Bréfritari: Sigríður Pálsdóttir
Viðtakandi: Páll Pálsson
Dagsetning: A-1868-09-25
Skrifað á: Breiðabólsstað  Rang.
Páll var bróðir Sigríðar

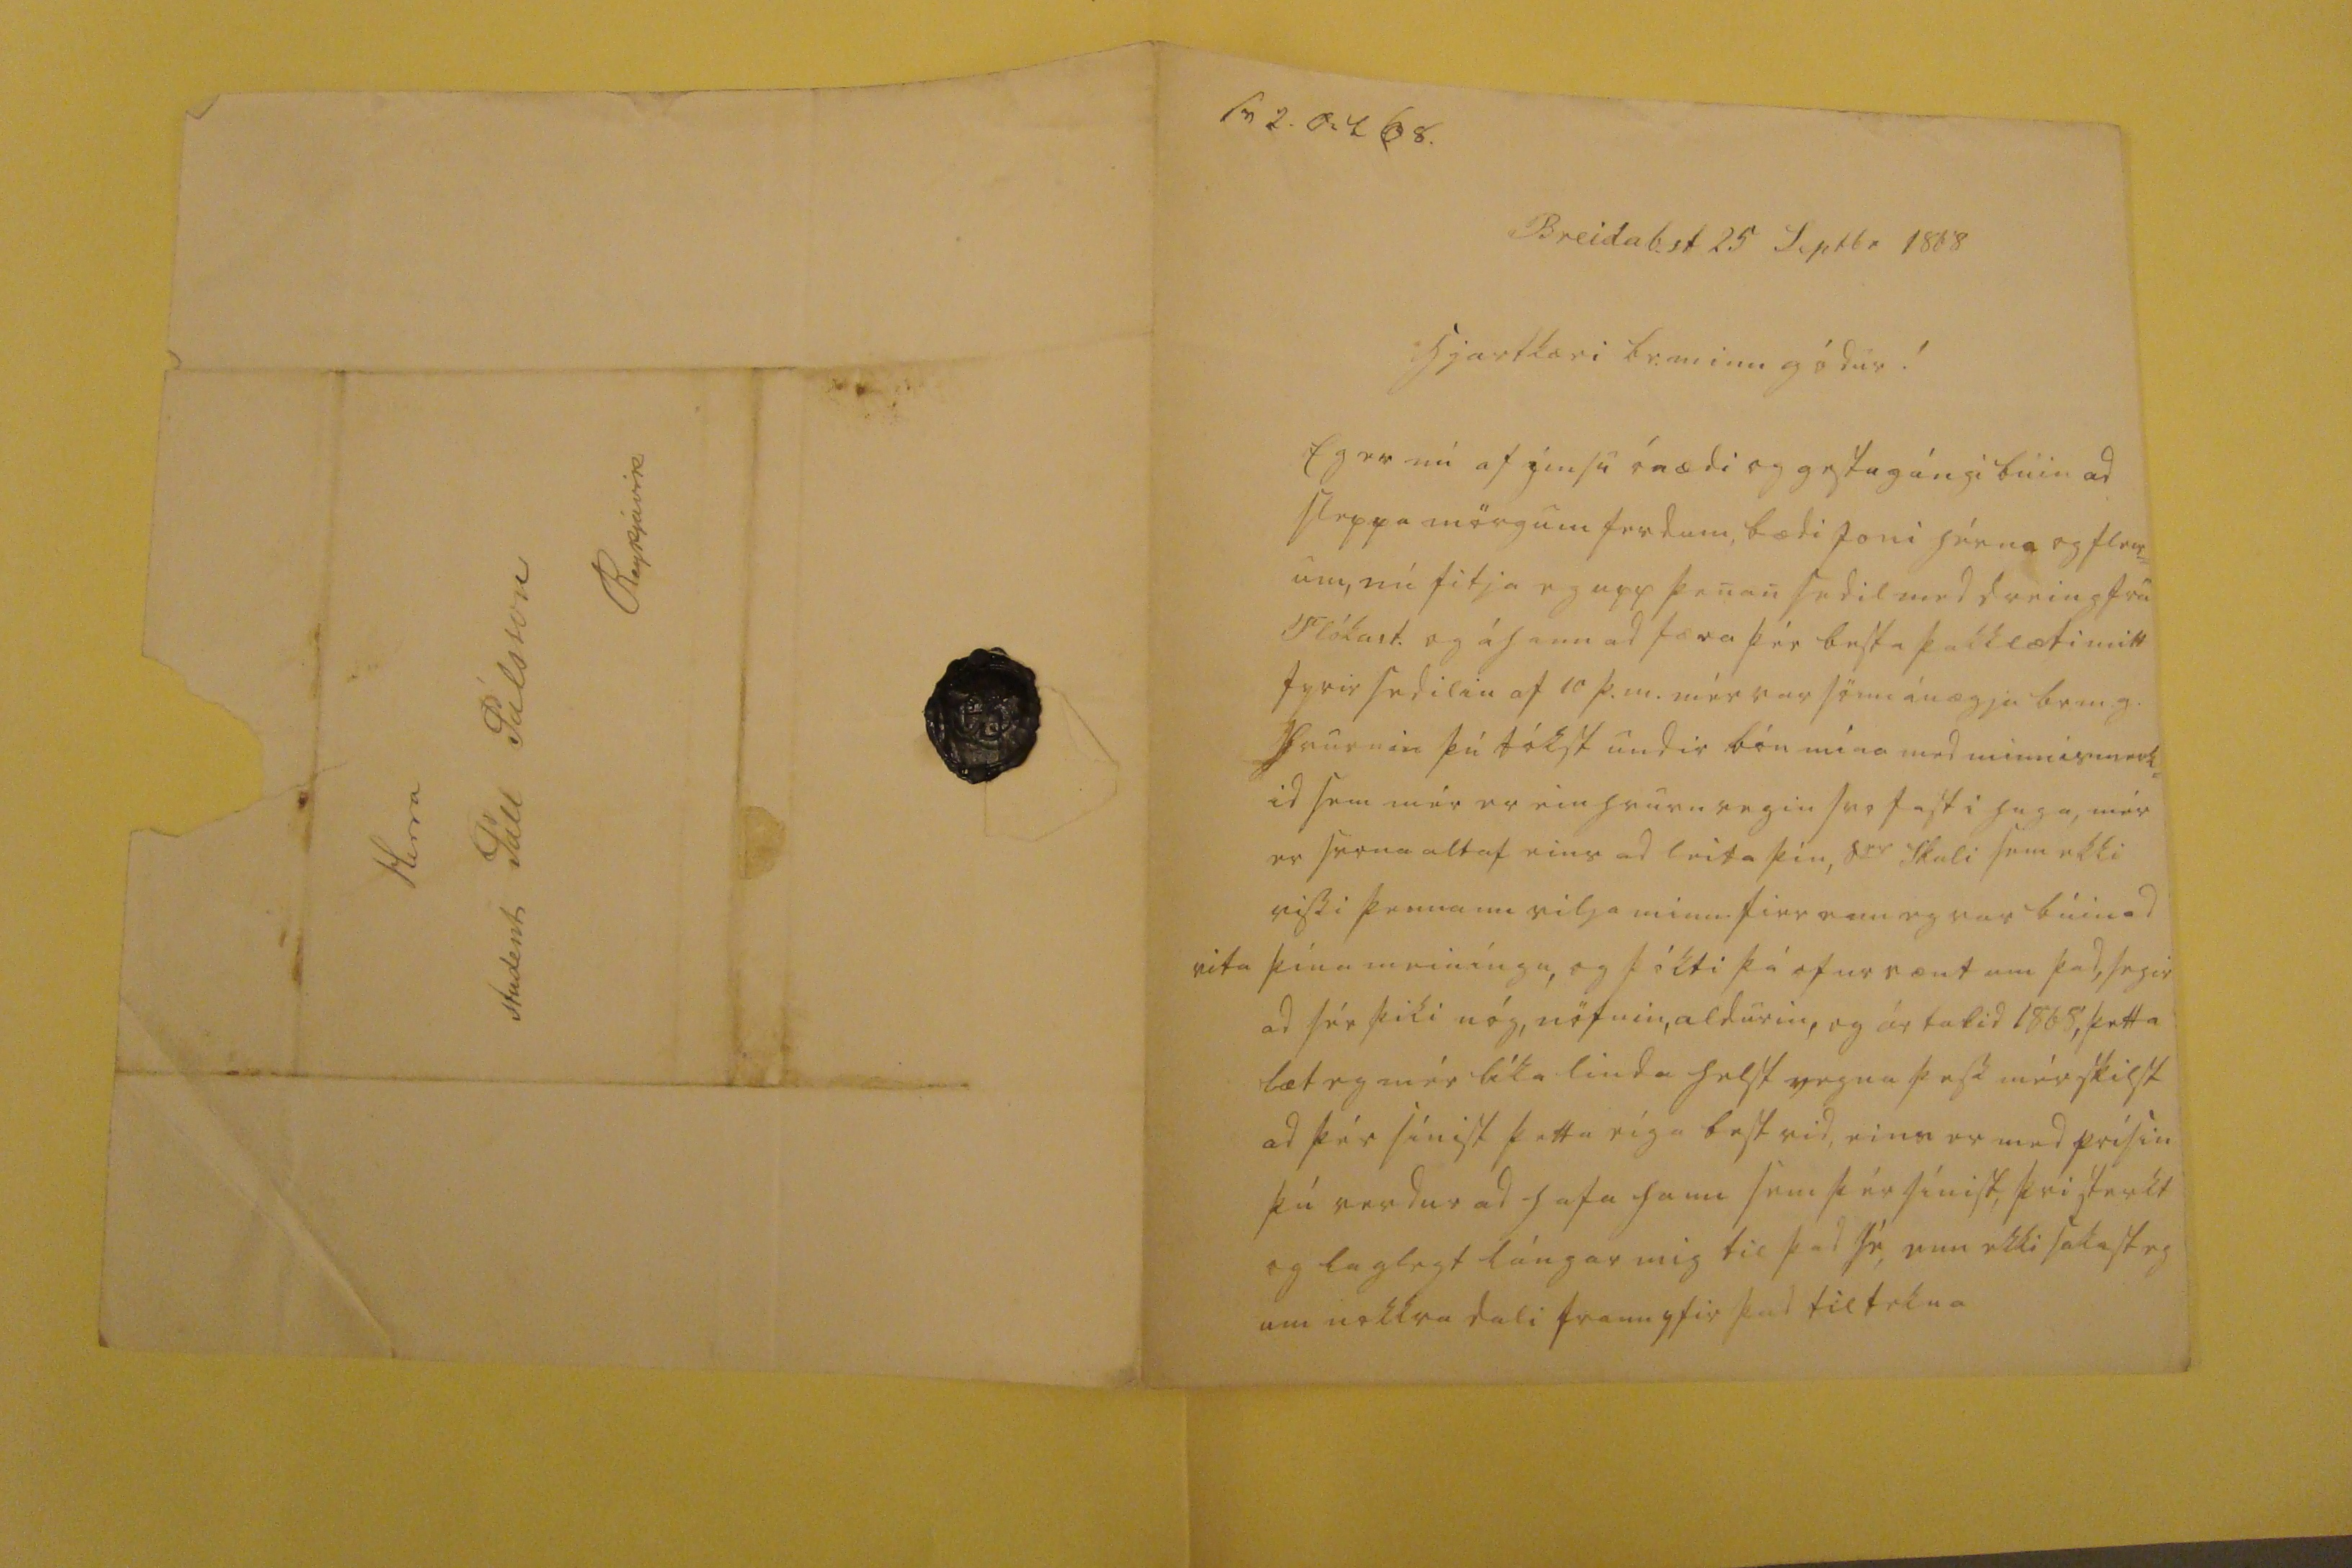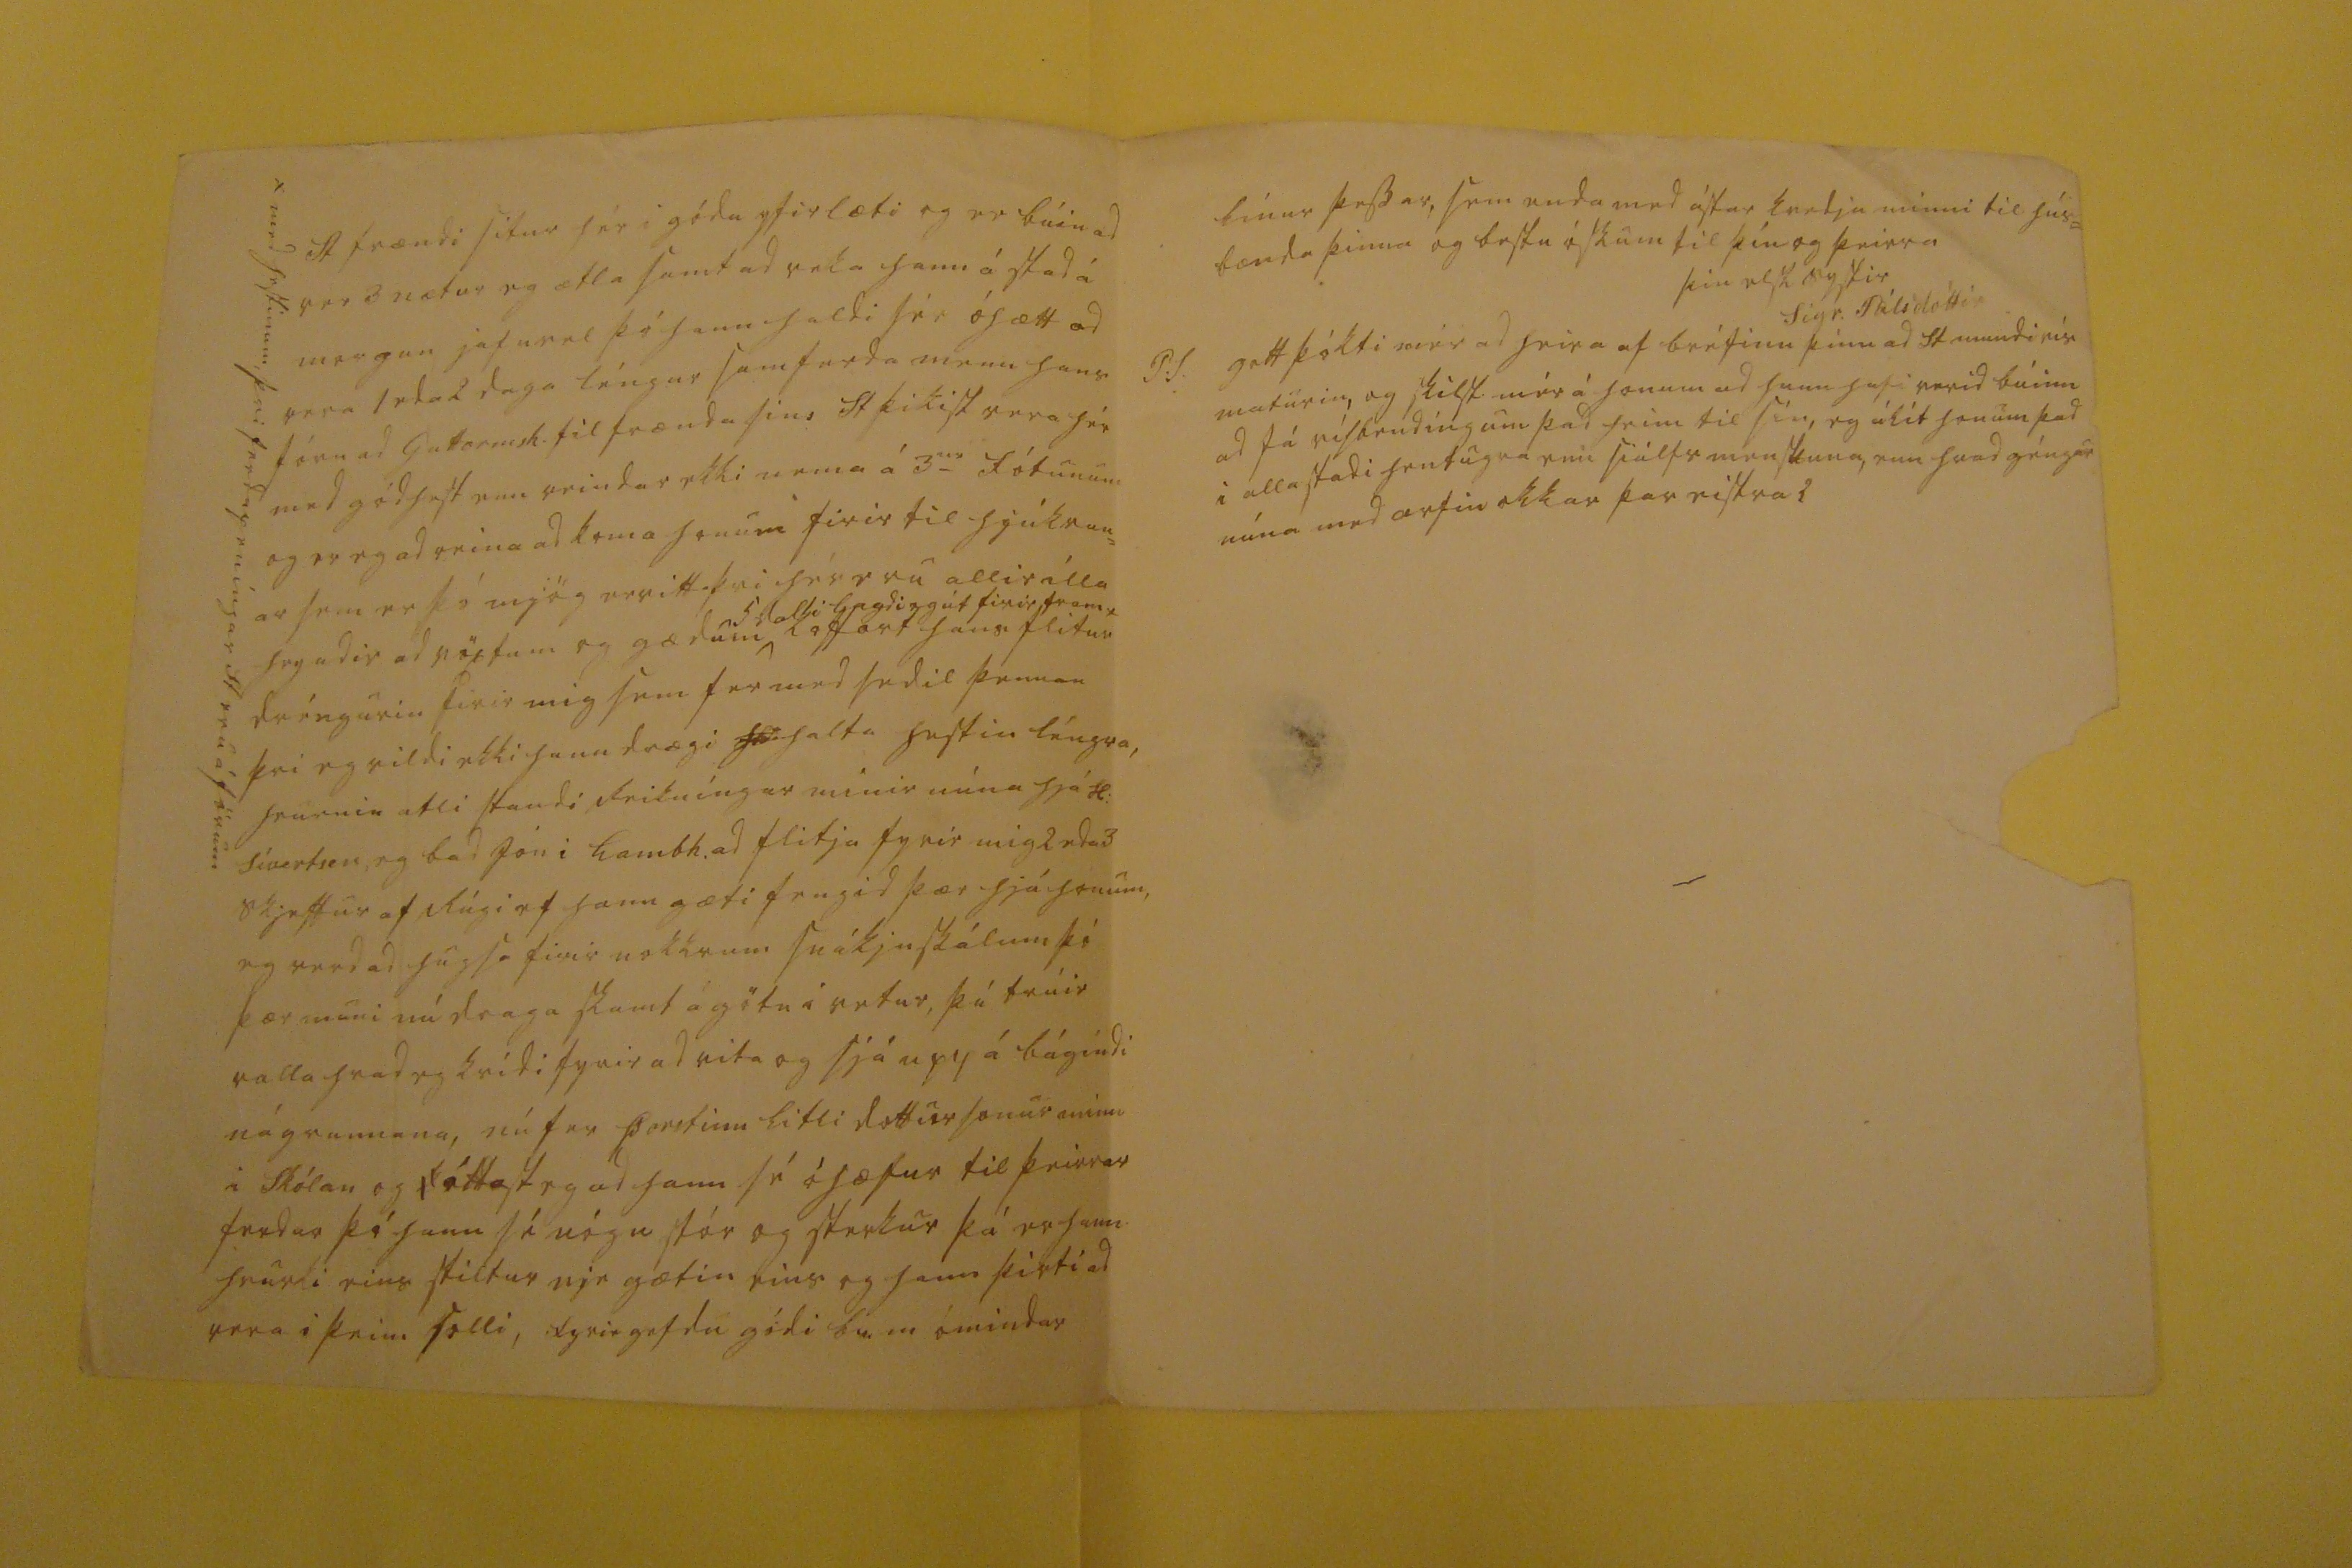

sv 2 oct 68.
Breidab.st 25 Septbr 1868
hjartkæri br. minn gódur!
Eg er nú af imsu ónædi og gestagángi búin ad sleppa mörgum ferdum, bædi Joni hérna og fleir= um, nú fitja eg upp þenan sedil med dreing frá Flókast. og á hann ad færa þér besta þakklæti mitt fyrir sedilin af 10 þ.m. mér var sönn ánægja br.m.g. hvurnin þú tókst undir bón mína med minnismerk= id sem mér er einhvurn vegin svo fast i huga, mér er svona altaf eins ad leita þín, s
er
Skuli sem ekki vissi þennann vilja minn firr enn eg var búin ad vita þína meiníngu, og þókti þá ofurvænt um þad, segir ad sér þiki nóg, nöfnin, aldurin, og ártalid 1865, þetta læt eg mér líka linda helst vegna þess mér skilst ad þér sínist þetta eíga best vid, eins er med prísin þú verdur ad hafa hann sem þér sínist, þvi sterkt og laglegt lángar mig til þad sé, enn ekki sakast eg um nokkra dali framyfir þad tiltekna
A frændi situr hér i gódu yfirlæti og er búin ad ver 3 nætur eg ætla samt ad reka hann á stad á morgun jafnvel þó hann haldi sér óhætt ad vera 1 eda 2 daga léngur samferda menn hans fóru ad Guttormsk. til frænda sins St þikist vera hér med gódhest enn reindar ekki nema á 3
ur
fótunum og er eg ad reina ad koma honum firir til hjúkrun= ar sem er þó mjög ervitt þvi hér eru allir illa heyadir ad vöxtum og gædum
5 dali lagdir út firir fram x
koffort hans flitur dréngurin firir mig sem fer med sedil þennan þvi eg vildi ekki hann drægi halta hestin léngra, hvurnin atli standi Reikníngar minir núna hjá H: Sívertsen, eg bad Jón i Lambh. ad flitja fyrir mig 2 eda 3 skjeffur af Rúgi ef hann gæti fengid þær hjá honum, eg verd ad hugsa firir nokkrum sníkjuskálum þó þær muni nú draga skamt á götu i vetur, þú trúir valla hvad eg kvídi fyrir ad vita og sjá upp á bágindi nágrannana, nú fer Þorstinn litli dottursonur minn i Skólan og óttast eg ad hann sé óhæfur til þeirrar ferdar þó hann sé nógu stór og sterkur þá er hann hvurki eins stiltur nje gætin eins og hann þirti ad vera i þeim
solli
, fyrirgefdu gódi br. m ómindar
línur þessar, sem enda med ástar kvedju minni til hús= bænda þinna og bestu óskum til þín og þeirra
þin elsk systir
Sigr. Pálsdóttir
P.S. gott þókti mér ad heira af bréfinu þínu ad St mundi nír maturin, og skilst mér á honum ad hann hafi verid búinn ad fá vísbendíngum þad heim til sín, eg álít honum þad i alla stadi hentugra enn siálfs menskuna, enn hvad géngur núna med arfin okkar þar eistra?
Herra stúdenti Páll Pálsson Reykjavik